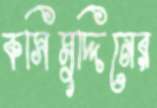
কসিমুদ্দিনের